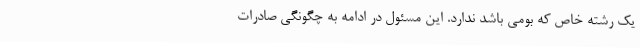
یک رشته خاص که بومی باشد ندارد. این مسئول در ادامه به چگونگی صادرات